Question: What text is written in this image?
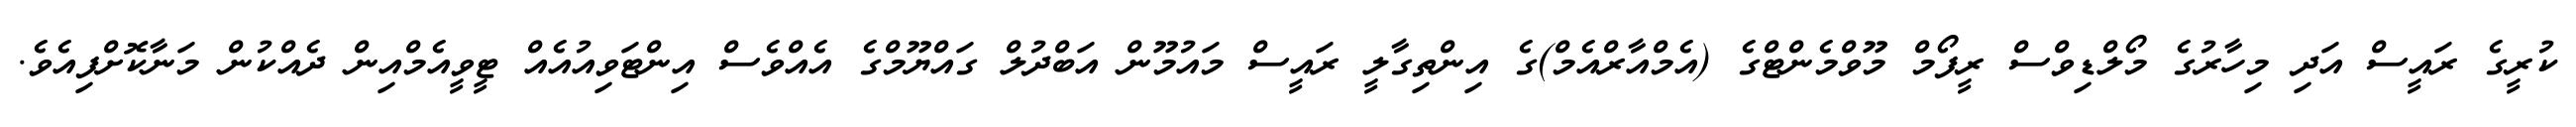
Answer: ކުރީގެ ރައީސް އަދި މިހާރުގެ މޯލްޑިވްސް ރީފޯމް މޫވްމެންޓްގެ (އެމްއާރްއެމް)ގެ އިންތިގާލީ ރައީސް މައުމޫން އަބްދުލް ގައްޔޫމްގެ އެއްވެސް އިންޓަވިއުއެއް ޓީވީއެމްއިން ދެއްކުން މަނާކޮށްފިއެވެ.